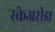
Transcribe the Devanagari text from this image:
स्केअरीझ